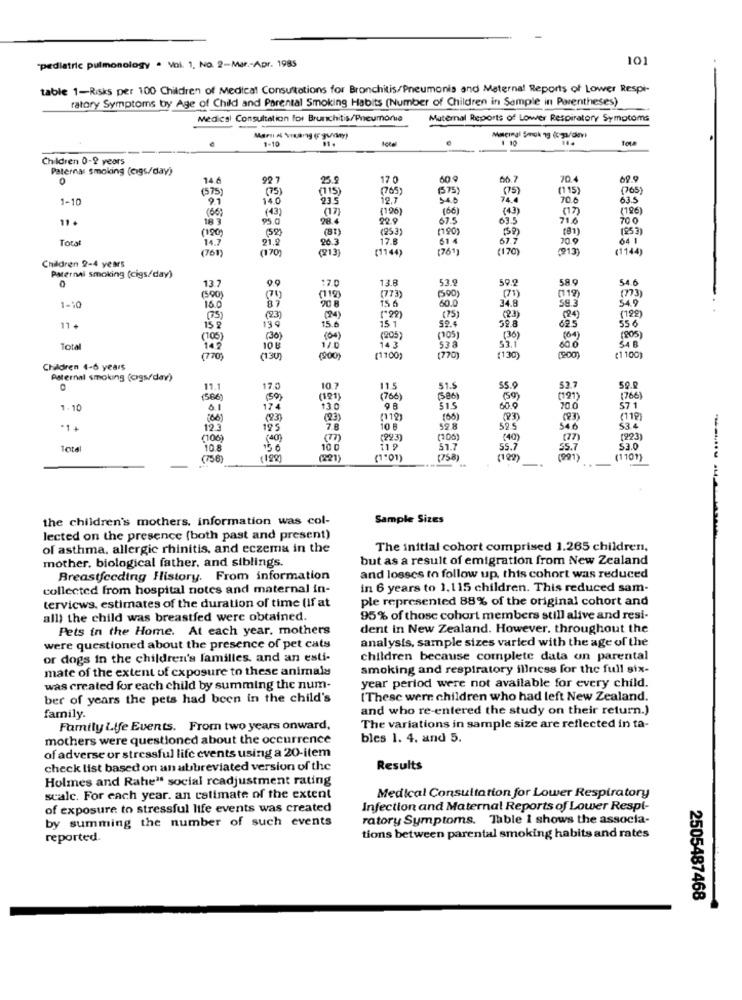
101
"pediatric pulmonology . Voi. 1. No. 2-Mar .- Apr. 1985
table 1-Risks per 100 Children of Medical Consultations for Bronchitis/Pneumonia and Maternal Reports of Lower Respi-
ratory Symptoms by Age of Child and Parental Smoking Habits (Number of Children in Sample in Parentheses)
Medical Consultation for Brunchitis/Pneumonia
Maternal Reports of Lower Respiratory Symptoms
1-10
1 10
Children 0-2 years
Paternal smoking (cigs/day)
0
14.
25.
17 0
60.9
66.7
70.4
08.9
(575)
(75)
(115)
(765)
(575)
(75)
(115)
(765)
1-10
140
915
12.7
54.0
74.4
70.6
635
(43)
(17)
(196)
(66)
(43 )
(17)
(196)
11 +
18 3
95.00
28.4
92.9
675
635
71.6
70 0
(190)
(59)
(81)
(253)
(190)
(SP)
(253)
Total
21.2
17.8
61 4
67.7
20.9
64 1
14.7
(761)
(170
26.3
(213)
(1144)
(761)
(170
913)
(1144)
Children 2-4 years
Paternal smoking (cigs/day)
0
17.0
13.8
53.
59.2
58.9
54. 6
13.7
9.9
(112)
1-10
(590
87
(119)
(773)
34.8
(71)
59.3
(73)
18.0
908
15 6
60.0
(75
(23)
(24)
(75)
(23)
(24)
62.5
55 6
(122)
11 +
15 8
139
15.6
15 1
52.8
(105)
(30)
(04 )
(205)
(10)
(36)
(04)
(905)
Total
142
10 6
120
143
538
53.1
600
SAB
770
130)
(200)
(1100)
(770)
(130)
(200)
(1 100)
Children 4-6 years
Paternal smoking (ogs/day)
11.1
17.0
10.7
11.5
51.5
55.9
53.7
59.9
(566
(59)
(121)
(766)
(50)
(121 )
(766)
1.10
174
130
98
315
60.0
20.0
571
(66)
(83)
(23)
(119)
100)
(23)
(119)
*1 +
123
195
7.8
10 B
52.8
59 5
546
$3 4
(106
(40)
(77)
(22.3)
(40)
(223)
total
10.8
10 0
51.7
55.7
55.7
$3.0
758)
(199
(221)
(1"01)
(758)
(1101)
the children's mothers, information was col-
Sample Sizes
lected on the presence (both past and present)
of asthma, allergic rhinitis, and eczema in the
The initial cohort comprised 1.265 children,
mother. biological father, and siblings.
but as a result of emigration from New Zealand
Breastfeeding History. From information
and losses to follow up, this cohort was reduced
collected from hospital notes and maternal in-
in 6 years to 1.115 children. This reduced sam-
ple represented 88% of the original cohort and
terviews. estimates of the duration of time (if at
all) the child was breastfed were obtained.
95% of those cohort members still alive and resi-
Pets in the Home. At each year. mothers
dent in New Zealand. However. throughout the
analysis, sample sizes varied with the age of the
were questioned about the presence of pet cats
or dogs in the children's familles, and an esti-
children because complete data on parental
mate of the extent of exposure to these animals
smoking and respiratory illness for the full six-
was created for each child by summing the num-
year period were not available for every child.
ber of years the pets had been in the child's
[ These were children who had left New Zealand.
and who re-entered the study on their return.)
family.
Family Life Events. From two years onward,
The variations in sample size are reflected in ta-
mothers were questioned about the occurrence
bles 1. 4. and 5.
of adverse or stressful life events using a 20-item
check list based on an abbreviated version of the
Results
Holmes and Rahe" social rcadjustment rating
scale. For each year. an catimate of the extent
Medical Consultation for Lower Respiratory
of exposure to stressful life events was created
Infection and Maternal Reports of Lower Respi-
by summing the number of such events
ratory Symptoms. Table 1 shows the associa-
reported.
tions between parental smoking habits and rates
2505487468